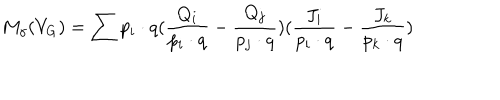
LaTeX: M _ { \gamma } ( V _ { G } ) = \sum p _ { i } \cdot q ( \frac { Q _ { i } } { p _ { i } \cdot q } - \frac { Q _ { j } } { p _ { j } \cdot q } ) ( \frac { J _ { i } } { p _ { i } \cdot q } - \frac { J _ { k } } { p _ { k } \cdot q } )